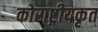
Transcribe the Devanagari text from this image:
कोराष्ट्रीयकृत